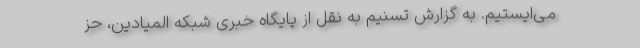
می‌ایستیم. به گزارش تسنیم به نقل از پایگاه خبری شبکه المیادین، حز